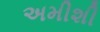
અમીશી